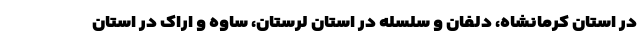
در استان کرمانشاه، دلفان و سلسله در استان لرستان، ساوه و اراک در استان